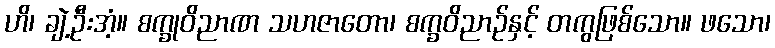
ဟိ၊ ချဲ့ဦးအံ့။ စက္ခုဝိညာဏ သဟဇာတော၊ စက္ခဝိညာဉ်နှင့် တကွဖြစ်သော။ ဖသော၊